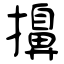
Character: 擤